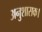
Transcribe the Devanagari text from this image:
अनुशासक।